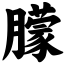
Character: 朦